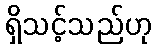
ရှိသင့်သည်ဟု